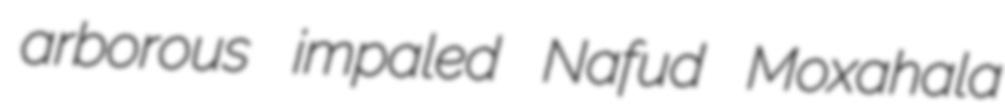
arborous impaled Nafud Moxahala